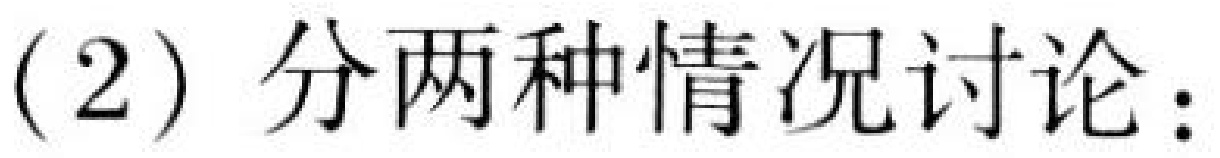
(2) 分两种情况讨论：